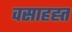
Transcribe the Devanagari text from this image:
वसाहह्त